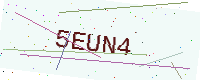
Text: 5EUN4